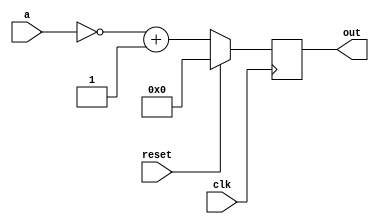
`timescale 1ns / 1ps
//////////////////////////////////////////////////////////////////////////////////
// Company: 
// Engineer: 
// 
// Design Name: 
// Module Name:    twoscompliment 
// Project Name: 
// Target Devices: 
// Tool versions: 
// Description: 
//
// Dependencies: 
//
// Revision: 
// Revision 0.01 - File Created
// Additional Comments: 
//
//////////////////////////////////////////////////////////////////////////////////
module twoscompliment(clk,reset,a,out);
parameter width=32;
input clk,reset;
input [width-1:0] a;
output reg [width-1:0] out;
//reg [width-1:0] y;
always@ (posedge clk)
begin
if (reset)
out=32'b0;
else
 out=(~a)+1;
end

//assign out =y;


endmodule